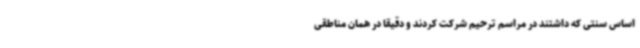
اساس سنتی که داشتند در مراسم ترحیم شرکت کردند و دقیقا در همان مناطقی